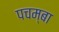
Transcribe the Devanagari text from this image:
पचम्बा